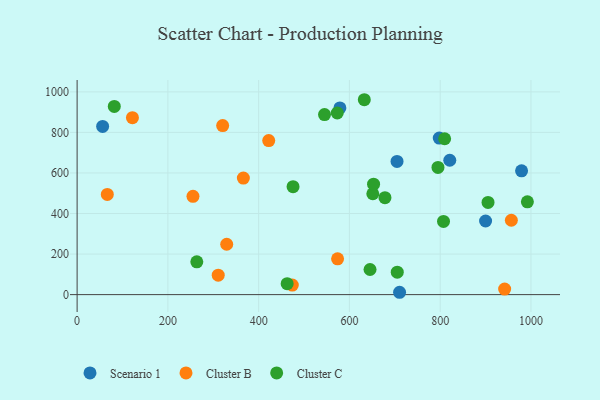
{"axis": {"x": "Experience", "y": "Sales"}, "legend": ["Cluster B", "Cluster C", "Scenario 1"], "data": [{"x": "710.5", "y": 11.5, "type": "Scenario 1"}, {"x": "979.3", "y": 610.5, "type": "Scenario 1"}, {"x": "579.0", "y": 921.0, "type": "Scenario 1"}, {"x": "704.9", "y": 657.1, "type": "Scenario 1"}, {"x": "900.0", "y": 363.2, "type": "Scenario 1"}, {"x": "798.0", "y": 772.1, "type": "Scenario 1"}, {"x": "821.1", "y": 662.7, "type": "Scenario 1"}, {"x": "56.2", "y": 829.8, "type": "Scenario 1"}, {"x": "474.1", "y": 46.9, "type": "Cluster B"}, {"x": "66.5", "y": 494.0, "type": "Cluster B"}, {"x": "956.8", "y": 366.9, "type": "Cluster B"}, {"x": "942.0", "y": 27.1, "type": "Cluster B"}, {"x": "320.7", "y": 833.6, "type": "Cluster B"}, {"x": "121.9", "y": 872.9, "type": "Cluster B"}, {"x": "329.6", "y": 248.5, "type": "Cluster B"}, {"x": "573.9", "y": 176.5, "type": "Cluster B"}, {"x": "422.2", "y": 759.8, "type": "Cluster B"}, {"x": "255.3", "y": 484.8, "type": "Cluster B"}, {"x": "366.3", "y": 574.8, "type": "Cluster B"}, {"x": "310.9", "y": 95.9, "type": "Cluster B"}, {"x": "545.1", "y": 887.9, "type": "Cluster C"}, {"x": "651.5", "y": 497.6, "type": "Cluster C"}, {"x": "645.4", "y": 123.8, "type": "Cluster C"}, {"x": "992.1", "y": 457.5, "type": "Cluster C"}, {"x": "653.2", "y": 544.9, "type": "Cluster C"}, {"x": "475.8", "y": 532.4, "type": "Cluster C"}, {"x": "809.8", "y": 768.9, "type": "Cluster C"}, {"x": "807.3", "y": 361.2, "type": "Cluster C"}, {"x": "632.8", "y": 961.3, "type": "Cluster C"}, {"x": "81.9", "y": 928.2, "type": "Cluster C"}, {"x": "705.4", "y": 110.8, "type": "Cluster C"}, {"x": "263.7", "y": 161.9, "type": "Cluster C"}, {"x": "795.1", "y": 627.2, "type": "Cluster C"}, {"x": "905.4", "y": 454.8, "type": "Cluster C"}, {"x": "573.2", "y": 895.7, "type": "Cluster C"}, {"x": "462.8", "y": 54.1, "type": "Cluster C"}, {"x": "678.3", "y": 478.1, "type": "Cluster C"}]}